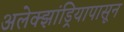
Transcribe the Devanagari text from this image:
अलेक्झांड्रियापासून